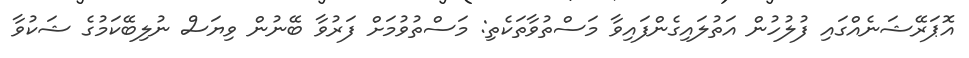
އޮޕަރޭޝަނެއްގައި ފުލުހުން އަތުލައިގެންފައިވާ މަސްތުވާތަކެތި: މަސްތުވުމަށް ފަރުވާ ބޭނުން ވިޔަސް ނުލިބޭކަމުގެ ޝަކުވާ